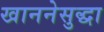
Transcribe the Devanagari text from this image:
खाननेसुद्धा